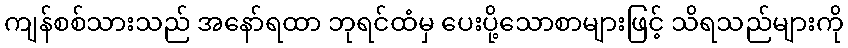
ကျန်စစ်သားသည် အနော်ရထာ ဘုရင်ထံမှ ပေးပို့သောစာများဖြင့် သိရသည်များကို